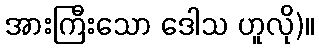
အားကြီးသော ဒေါသ ဟူလို)။